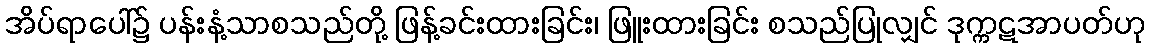
အိပ်ရာပေါ်၌ ပန်းနံ့သာစသည်တို့ ဖြန့်ခင်းထားခြင်း၊ ဖြူးထားခြင်း စသည်ပြုလျှင် ဒုက္ကဋအာပတ်ဟု